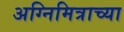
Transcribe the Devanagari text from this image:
अग्निमित्राच्या